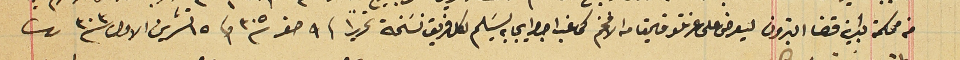
من محكمة بداية قضا البترون ليعرض على عزتلو قايمقام الافخم كى غب اجرا ايجابه يسَلم لكل فريق نسَخة تحريراً فى ٩ صفر سنة ٣٠٥ وفى ١٥ تشرين الاول سنة ٣٠٣.